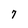
Character: 7